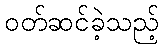
ဝတ်ဆင်ခဲ့သည့်